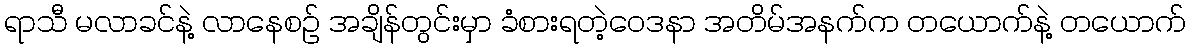
ရာသီ မလာခင်နဲ့ လာနေစဉ် အချိန်တွင်းမှာ ခံစားရတဲ့ဝေဒနာ အတိမ်အနက်က တယောက်နဲ့ တယောက်